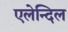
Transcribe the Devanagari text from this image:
एलेन्दिल